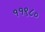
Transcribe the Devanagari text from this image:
११९८०